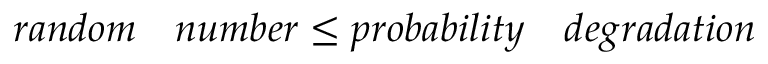
r a n d o m \quad n u m b e r \leq p r o b a b i l i t y \quad d e g r a d a t i o n